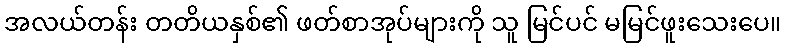
အလယ်တန်း တတိယနှစ်၏ ဖတ်စာအုပ်များကို သူ မြင်ပင် မမြင်ဖူးသေးပေ။